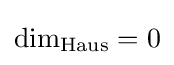
{\textstyle \dim _{\text{Haus}}=0}